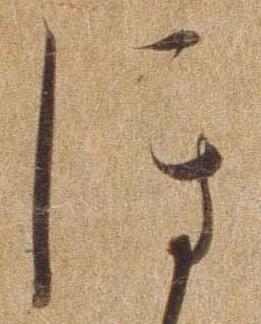
ほ